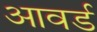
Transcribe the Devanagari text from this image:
आवर्ड